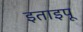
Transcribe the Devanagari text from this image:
इताइपू